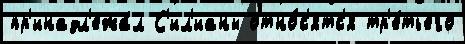
пр'инадл'ежа́л С'ил'ианы отно́с'ятс'я тр'е́тьего